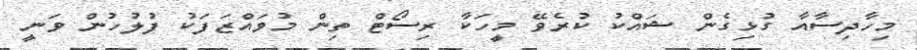
މިހާދިސާއާ ގުޅިގެން ޝައްކު ކުރެވޭ މީހަކާ ރިސޯޓް ތިން މުވައްޒަފަކު ފުލުހުން ވަނީ